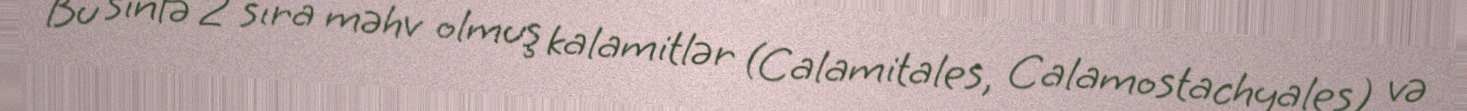
Bu sinfə 2 sıra məhv olmuş kalamitlər (Calamitales, Calamostachyales) və